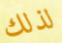
لذلك